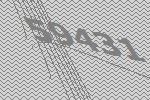
59431